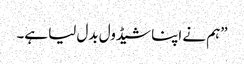
”ہم نے اپنا شیڈول بدل لیا ہے۔